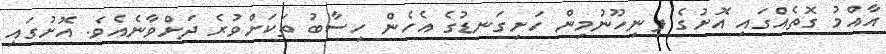
އާއްމު ގޮތެއްގައި އޮށުގެ ފިނިހޫނުމިން ހަށިގަނޑުގެ އެހެން ހިސާބު ތަކަށްވުރެ ދަށްވާނެއެވެ. އޮށުގައި